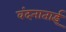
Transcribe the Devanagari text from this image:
वंदनाताई